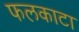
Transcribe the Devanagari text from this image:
फलकाटा